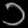
Digit: ၁